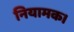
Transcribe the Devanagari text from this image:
नियामक।